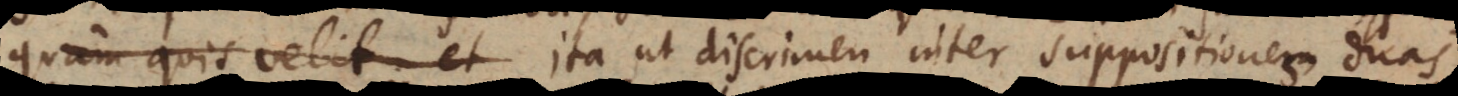
quam quis velit; et ita ut discrimen inter suppositiones duas